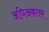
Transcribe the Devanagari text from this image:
अधिअकतम